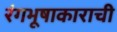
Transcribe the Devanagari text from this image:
रंगभूषाकाराची